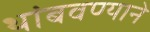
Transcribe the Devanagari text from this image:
थांबवण्याने